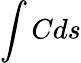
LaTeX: \int Cds